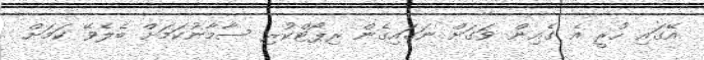
އޭގައި ހުރީ އެ ގެއިން ވަގަށް ނަގައިގެން ރިޕޯޓްކުރި ސާމާނުކަމަށް ބެލެވޭ ކަމަށް